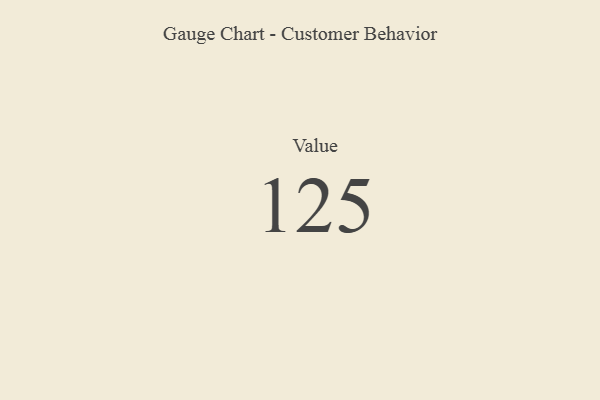
{"axis": {"x": "Metric", "y": "Value"}, "legend": [""], "data": [{"x": "Value", "y": 125, "type": ""}]}